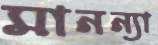
মানন্যা